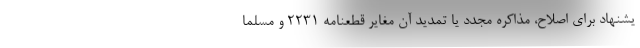
یشنهاد برای اصلاح، مذاکره مجدد یا تمدید آن مغایر قطعنامه ۲۲۳۱ و مسلماً